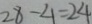
2 8 - 4 = 2 4